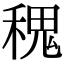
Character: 𥠎